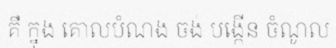
គឺ ក្នុង គោលបំណង ចង់ បង្កើន ចំណូល